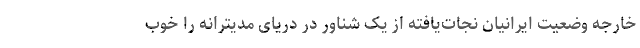
خارجه وضعیت ایرانیان نجات‌یافته از یک شناور در دریای مدیترانه را خوب